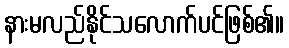
နားမလည်နိုင်သလောက်ပင်ဖြစ်၏။